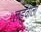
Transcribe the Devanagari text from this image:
लड़वाली